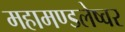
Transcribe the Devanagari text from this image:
महामण्डलेष्वर